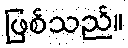
ဖြစ်သည်။